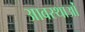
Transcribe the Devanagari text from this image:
आवस्थाओं